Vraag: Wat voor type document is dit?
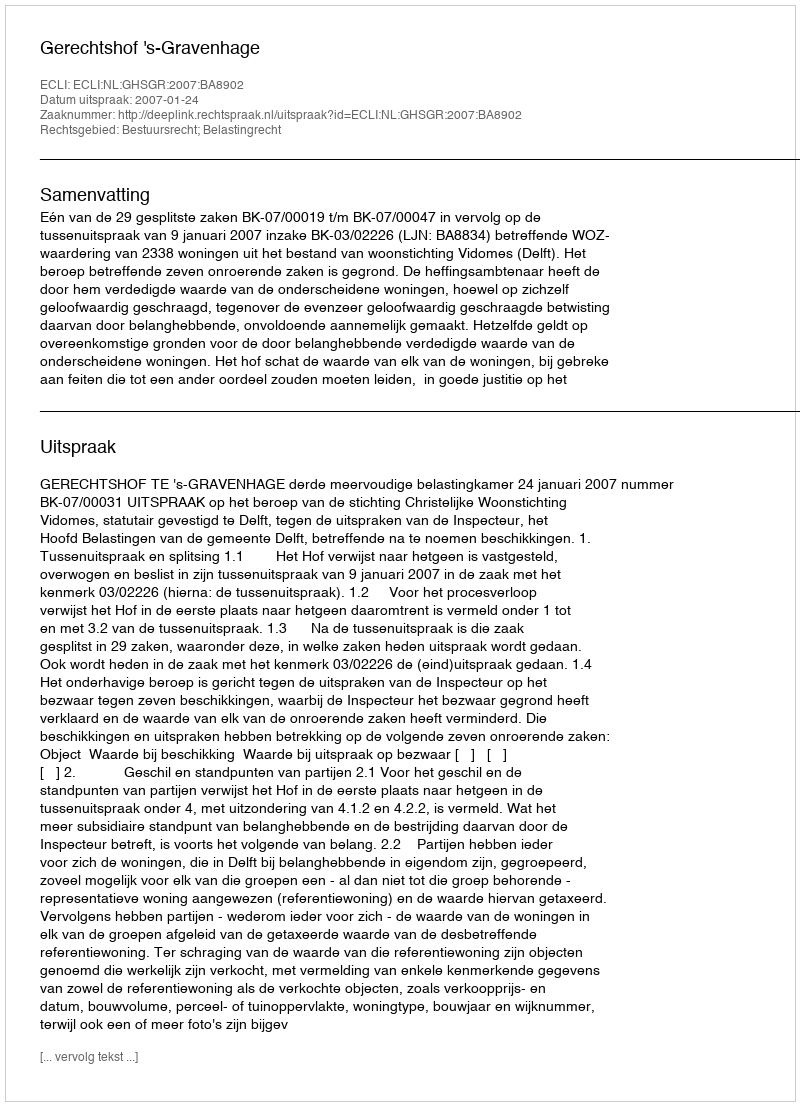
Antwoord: Uitspraak